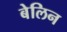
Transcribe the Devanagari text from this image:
बेलिन